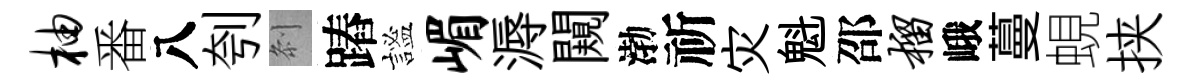
柚番八刳𠛴蹖謐嵋溽闚渤祈灾魁邵榴峨蔓蜆挟